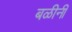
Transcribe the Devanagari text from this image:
बळीनी